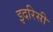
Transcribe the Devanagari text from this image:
इदरिसी